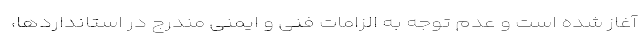
آغاز شده است و عدم توجه به الزامات فنی و ایمنی مندرج در استانداردها،